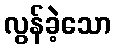
လွန်ခဲ့သော